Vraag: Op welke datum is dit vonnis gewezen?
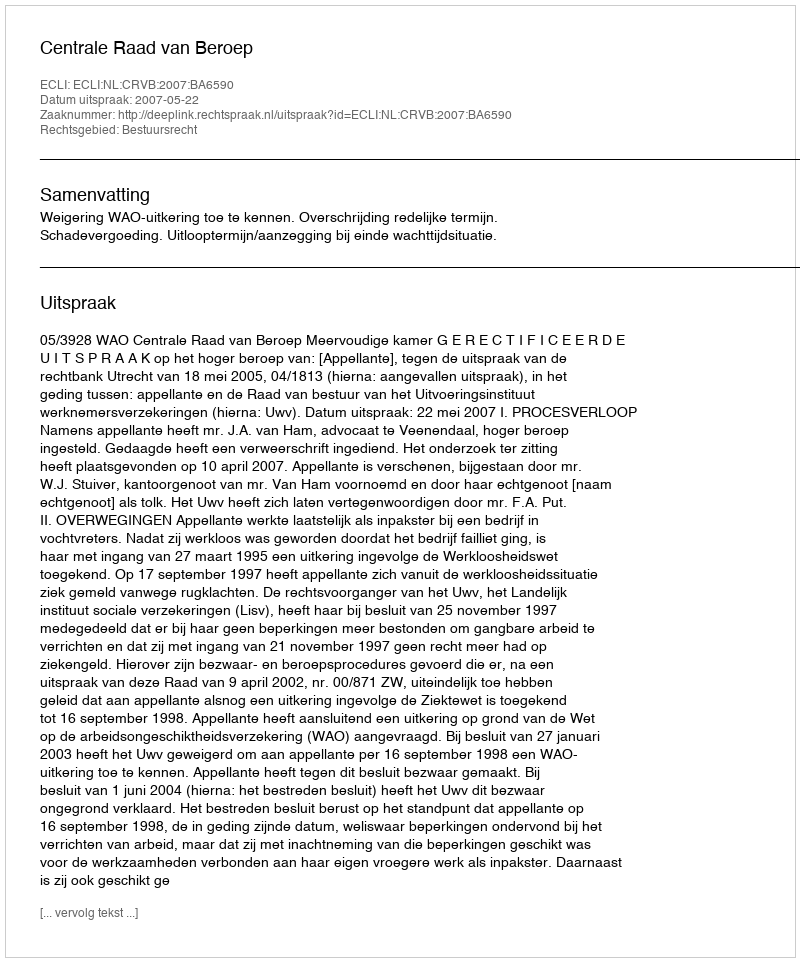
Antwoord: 2007-05-22